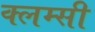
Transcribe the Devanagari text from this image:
क्लम्सी